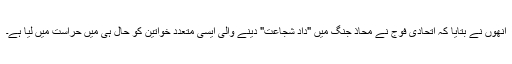
انھوں نے بتایا کہ اتحادی فوج نے محاذ جنگ میں "داد شجاعت" دینے والی ایسی متعدد خواتین کو حال ہی میں حراست میں لیا ہے۔